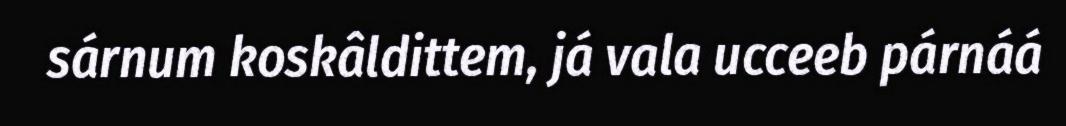
sárnum koskâldittem, já vala ucceeb párnáá